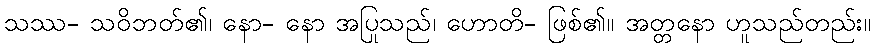
သဿ- သဝိဘတ်၏၊ နော- နော အပြုသည်၊ ဟောတိ- ဖြစ်၏။ အတ္တနော ဟူသည်တည်း။